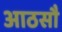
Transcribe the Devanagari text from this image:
आठसौ